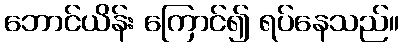
ဘောင်ယိန်း ကြောင်၍ ရပ်နေသည်။